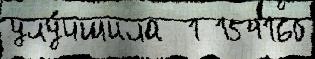
улу́чшила  1 154160